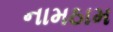
નામઠામ